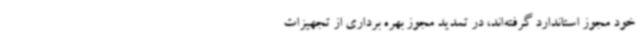
خود مجوز استاندارد گرفته‌اند، در تمدید مجوز بهره برداری از تجهیزات